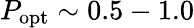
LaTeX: P_{\mathrm{opt}}\sim 0.5-1.0